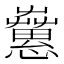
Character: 𢥁